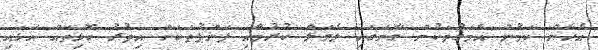
އެހެން ކަމުން އެމަގުތަކުން ގާނަގައި ލެވަލް ކުރުމާއި ޕަންޕުތަަކަށް އިތުރު ހޮޅިތައް އަޅައި